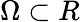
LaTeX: \Omega\subset R